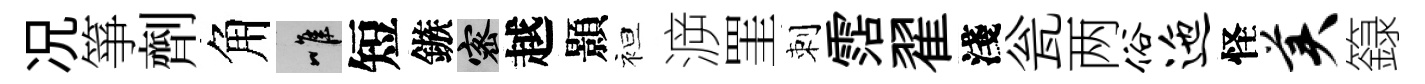
况箏劑角唯短鏃密越顥袒㴑罣刺霑翟淺瓮两俗迤怪美籙